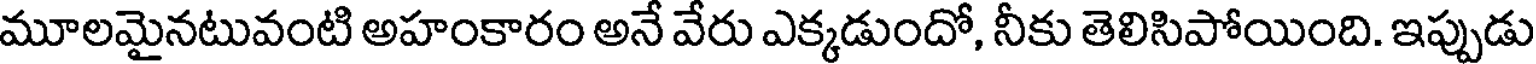
మూలమైనటువంటి అహంకారం అనే వేరు ఎక్కడుందో, నీకు తెలిసిపోయింది. ఇప్పుడు